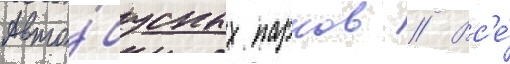
авто́бусных парков // Вс'е́